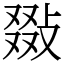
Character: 敠